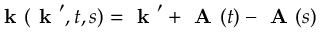
\textbf { k } ( \textbf { k } ^ { \prime } , t , s ) = \textbf { k } ^ { \prime } + \textbf { A } ( t ) - \textbf { A } ( s )